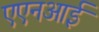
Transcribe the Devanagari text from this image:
एएनआई